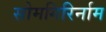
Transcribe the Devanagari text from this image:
सोमगिरिर्नाम